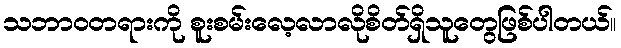
သဘာဝတရားကို စူးစမ်းလေ့လာလိုစိတ်ရှိသူတွေဖြစ်ပါတယ်။